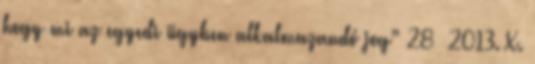
hogy mi az egyedi ügyben alkalmazandó jog” 28 2013. X.